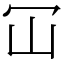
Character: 冚